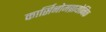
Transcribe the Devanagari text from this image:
कार्सिनोमब्रायोनिक